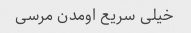
خیلی سریع اومدن مرسی